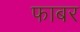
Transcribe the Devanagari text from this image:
फाबर